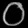
Digit: ၀